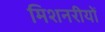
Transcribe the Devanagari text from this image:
मिशनरीयों